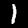
Label: 1